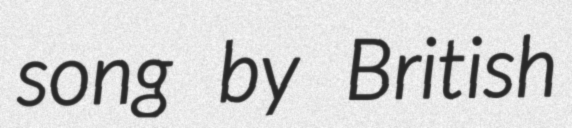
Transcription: song by British